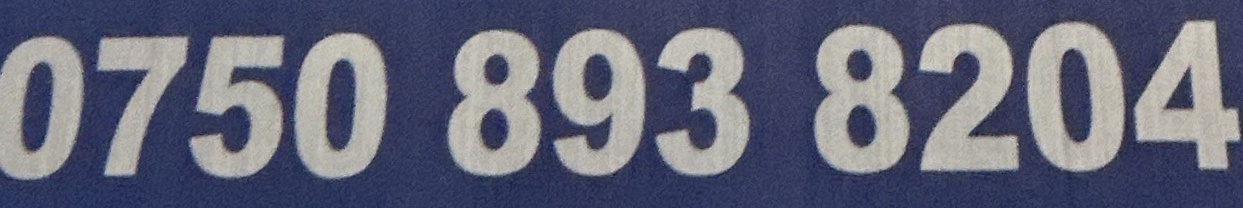
0750 893 8204